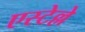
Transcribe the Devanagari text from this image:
एस्टेल्ले